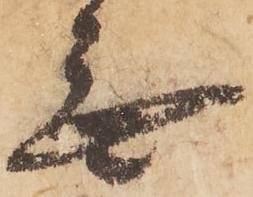
無